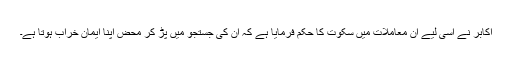
اکابر نے اسی لیے ان معاملات میں سکوت کا حکم فرمایا ہے کہ ان کی جستجو میں پڑ کر محض اپنا ایمان خراب ہوتا ہے۔